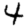
Digit: 4